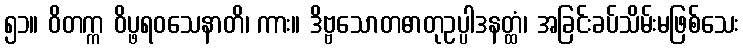
၅၁။ ဝိတက္က ဝိပ္ဖရဝသေနာတိ၊ ကား။ ဒိဗ္ဗသောတဓာတုဥပ္ပါဒနတ္ထံ၊ အခြင်းခပ်သိမ်းမဖြစ်သေး